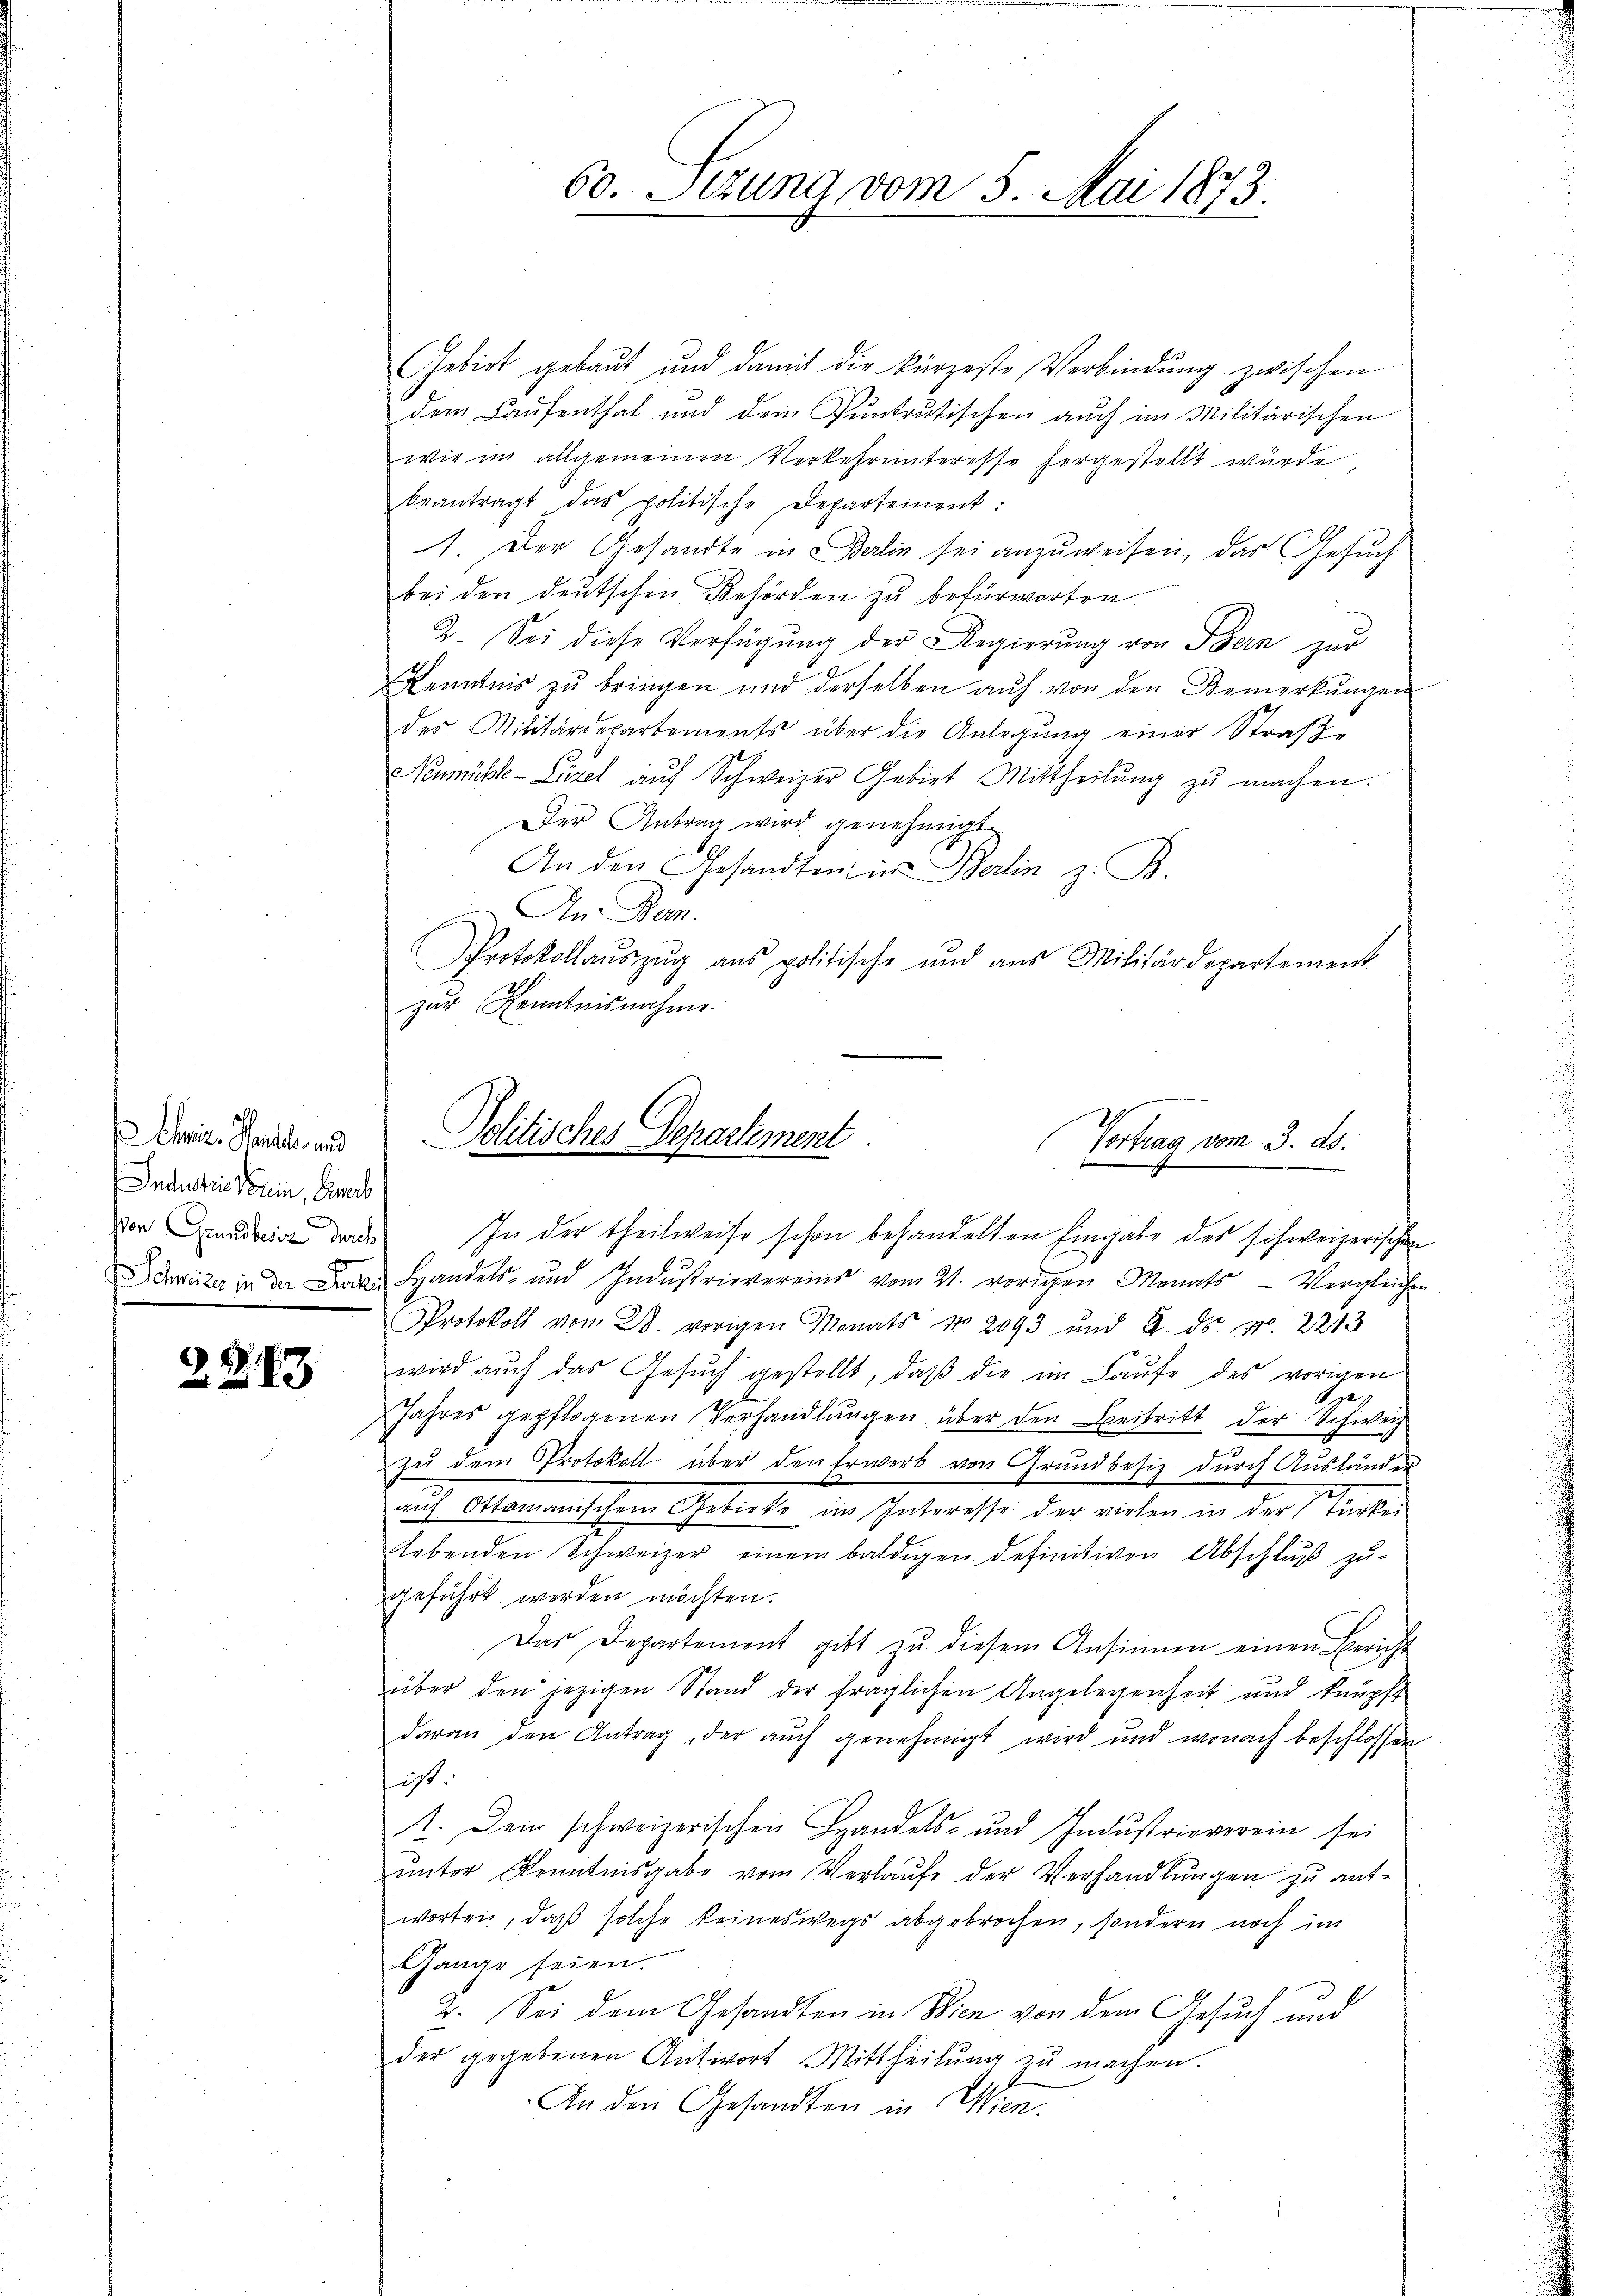
Ehnire Handel, und
e
Industrie Verein, Einer
Von Grundbesiz durch

2.289

60. Sizung vom 5. Mai 1873.

Gebiet gebaut und damit die kürzeste Verbindŭng zwischen
dem Laufenthal und dem Puntrutischen auch im Militärischen
wie im allgemeinen Verkehrunteresse hergestellt würde
beantragt das politische Departement:
1. Der Gesandte in Berlin sei anzuweisen, das Gesuch
bei den deutschen Behörden zu befürworten.
2. Sei diese Verfügung der Regierung von Bern zur
Kenntnis zu bringen und derselben auf von den Bemerkungen
des Militärdepartements über die Anlegung einer Straße
Neumühle - Lizel auf Schweizer Gebiet Mittheilung zu machen.
Der Antrag wird genehmigt.
An den Gesandten in Berlin z. B.
An Dan
Protokollaŭszŭg ans politische und aus Militärdepartement
zur Kenntnisnahme.

Politisches Departement
Vertrag vom 3. ds.
e

In der theilweise schon behandelten Eingabe des schweizerischen
Schweizer in der Frau Handels- und Industrievereins vom 21. vorigen Monats - Vergleichen
Protokoll vom 28. vorigen Monats No 2093 und 2. ds. Nr. 2213
wird aŭch das Gesŭch gestellt, daβ die im Laŭfe des vorigen
e
Jahres gepflogenen Verhandlŭngen über den Beitritt der Schweiz
zu dem Protokoll über den Erwerb von Grundbesiz durch Ausländer
aŭf Ottomanischem Gebirke im Interesse der vielen in der Türkei
Lebenden Schweizer einem baldigen definitiven Abschluß zugeführt werden möchten.
Das Departement gibt zŭ diesem Ansinnen einen Bericht
über den jezigen Stand der fraglichen Angelegenheit und knüpft
daran den Antrag, der aŭch genehmigt wird und wonach beschlossen
ist.
1. Dem schweizerischen Handels- und Indŭstrieverein sei
ŭnter Kenntnisgabe vom Verlaŭfe der Verhandlŭngen zŭ ant-
worten, daß solche keineswegs abgebrochen, sondern noch im
Gange seien.
2. Sei dem Gesandten in Wien von dem Gesuch und
der gegebenen Antwort Mittheilŭng zŭ machen.
An den Gesandten in Wien.